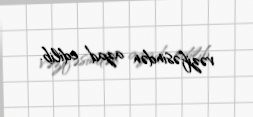
vəzifəsindən azad edilib.